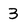
Character: 3